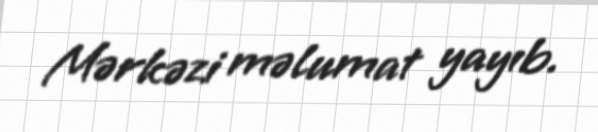
Mərkəzi məlumat yayıb.